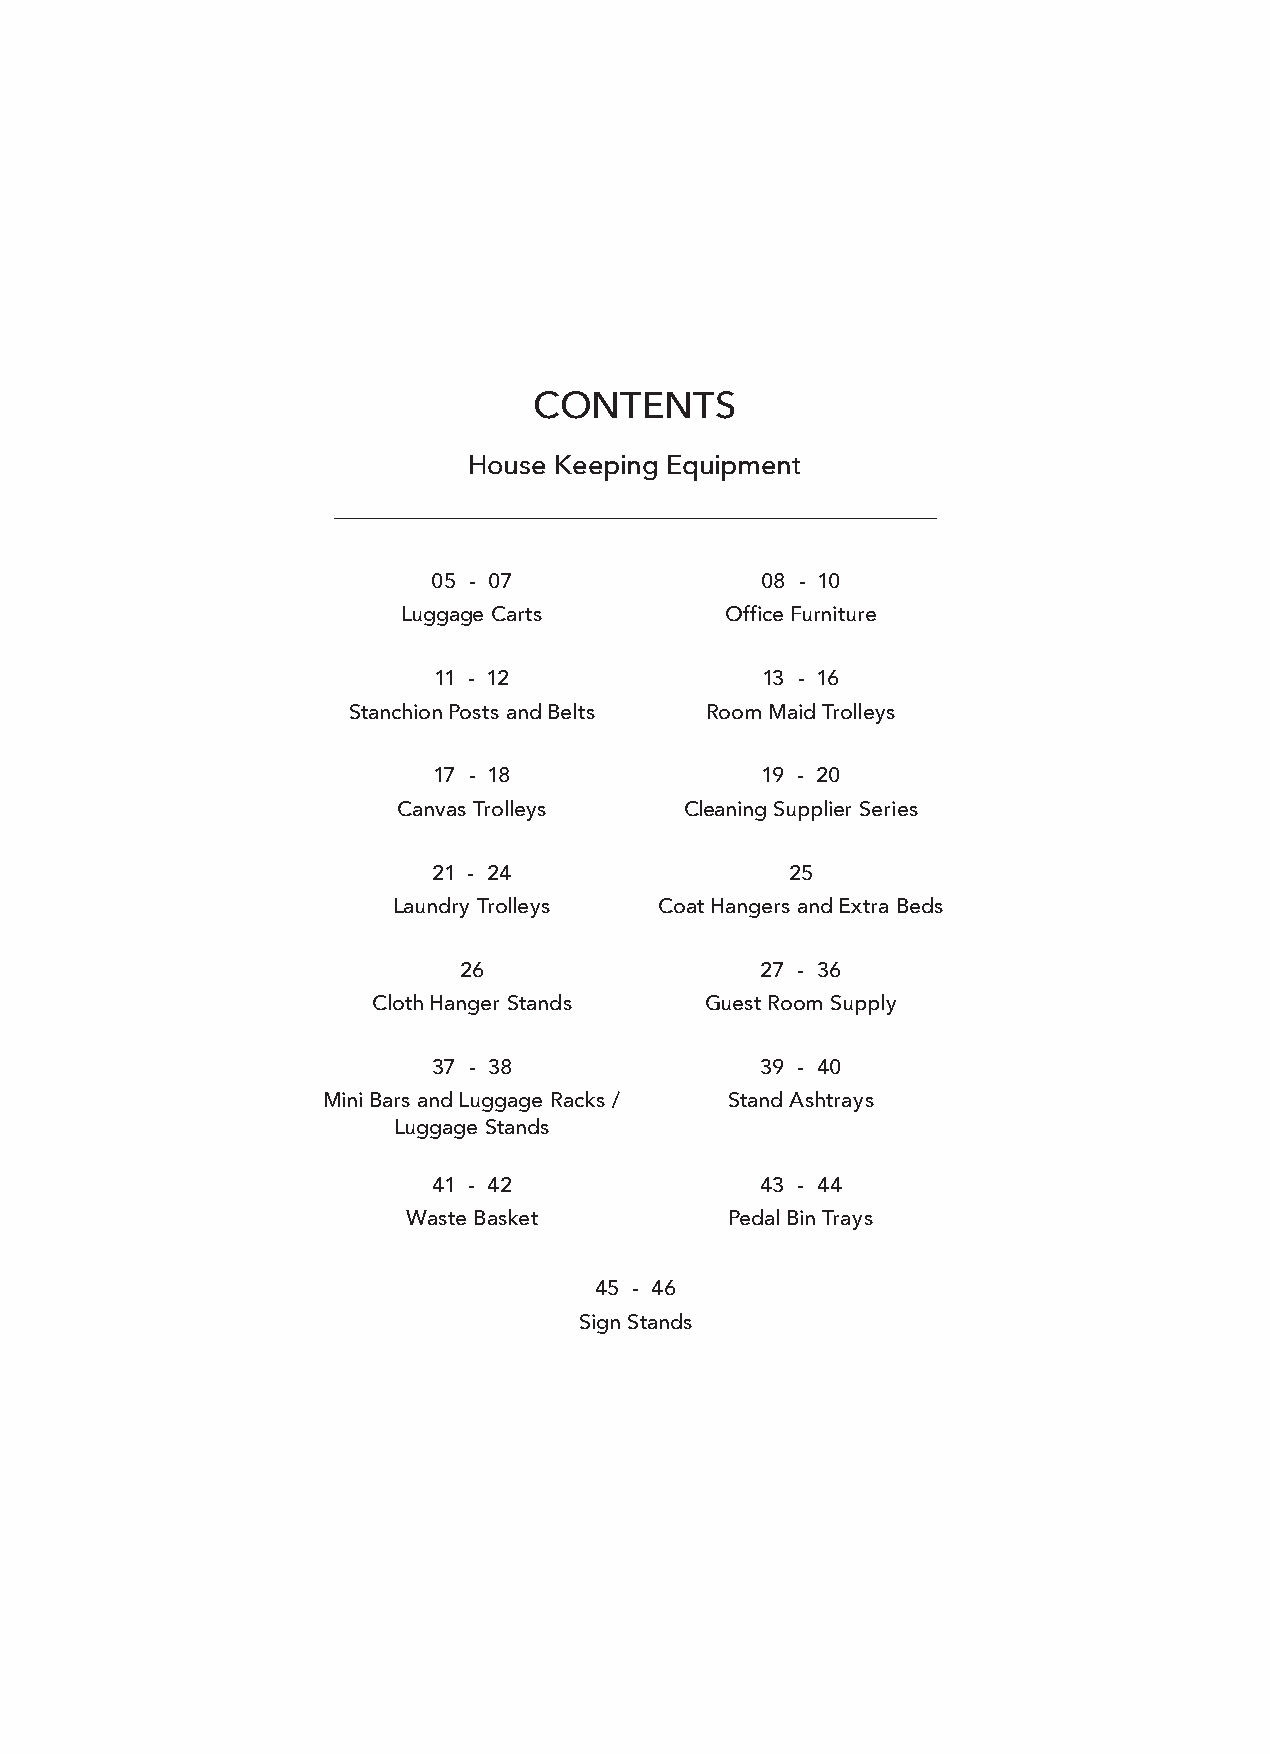
CONTENTS
 House Keeping Equipment
 05 - 07              08 - 10
 Luggage Carts        Office Furniture
 11 - 12              13 - 16
 Stanchion Posts and Belts Room Maid Trolleys
 17 - 18              19 - 20
 Canvas Trolleys    Cleaning Supplier Series
 21 - 24                25
 Laundry Trolleys  Coat Hangers and Extra Beds
 26                  27 - 36
 Cloth Hanger Stands   Guest Room Supply
 37 - 38              39 - 40
 Mini Bars and Luggage Racks / Stand Ashtrays
 Luggage Stands
 41 - 42              43 - 44
 Waste Basket         Pedal Bin Trays
 45 - 46
 Sign Stands